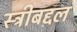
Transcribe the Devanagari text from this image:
स्त्रीबद्दल